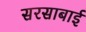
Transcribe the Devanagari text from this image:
सरसाबाई